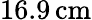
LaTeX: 16.9\, \mathrm{cm}